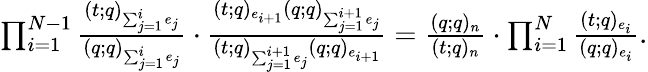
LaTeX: \begin{array}{r}{\prod_{i=1}^{N-1}\frac{(t;q)_{\sum_{j=1}^{i}e_{j}}}{(q;q)_{\sum_{j=1}^{i}e_{j}}}\cdot\frac{(t;q)_{e_{i+1}}(q;q)_{\sum_{j=1}^{i+1}e_{j}}}{(t;q)_{\sum_{j=1}^{i+1}e_{j}}(q;q)_{e_{i+1}}}=\frac{(q;q)_{n}}{(t;q)_{n}}\cdot\prod_{i=1}^{N}\frac{(t;q)_{e_{i}}}{(q;q)_{e_{i}}}.}\end{array}